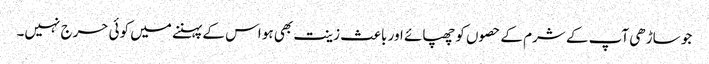
جو ساڑھی آپ کے شرم کے حصوں کو چھپائے اور باعث زینت بھی ہو اس کے پہننے میں کوئی حرج نہیں۔